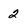
Character: 2